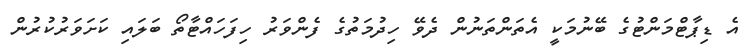
އެ ޑިޕާޓްމަންޓުގެ ބޭނުމަކީ އެތަންތަނުން ދެވޭ ހިދުމަތުގެ ފެންވަރު ހިފަހައްޓާތޯ ބަލައި ކަށަވަރުކުރުން